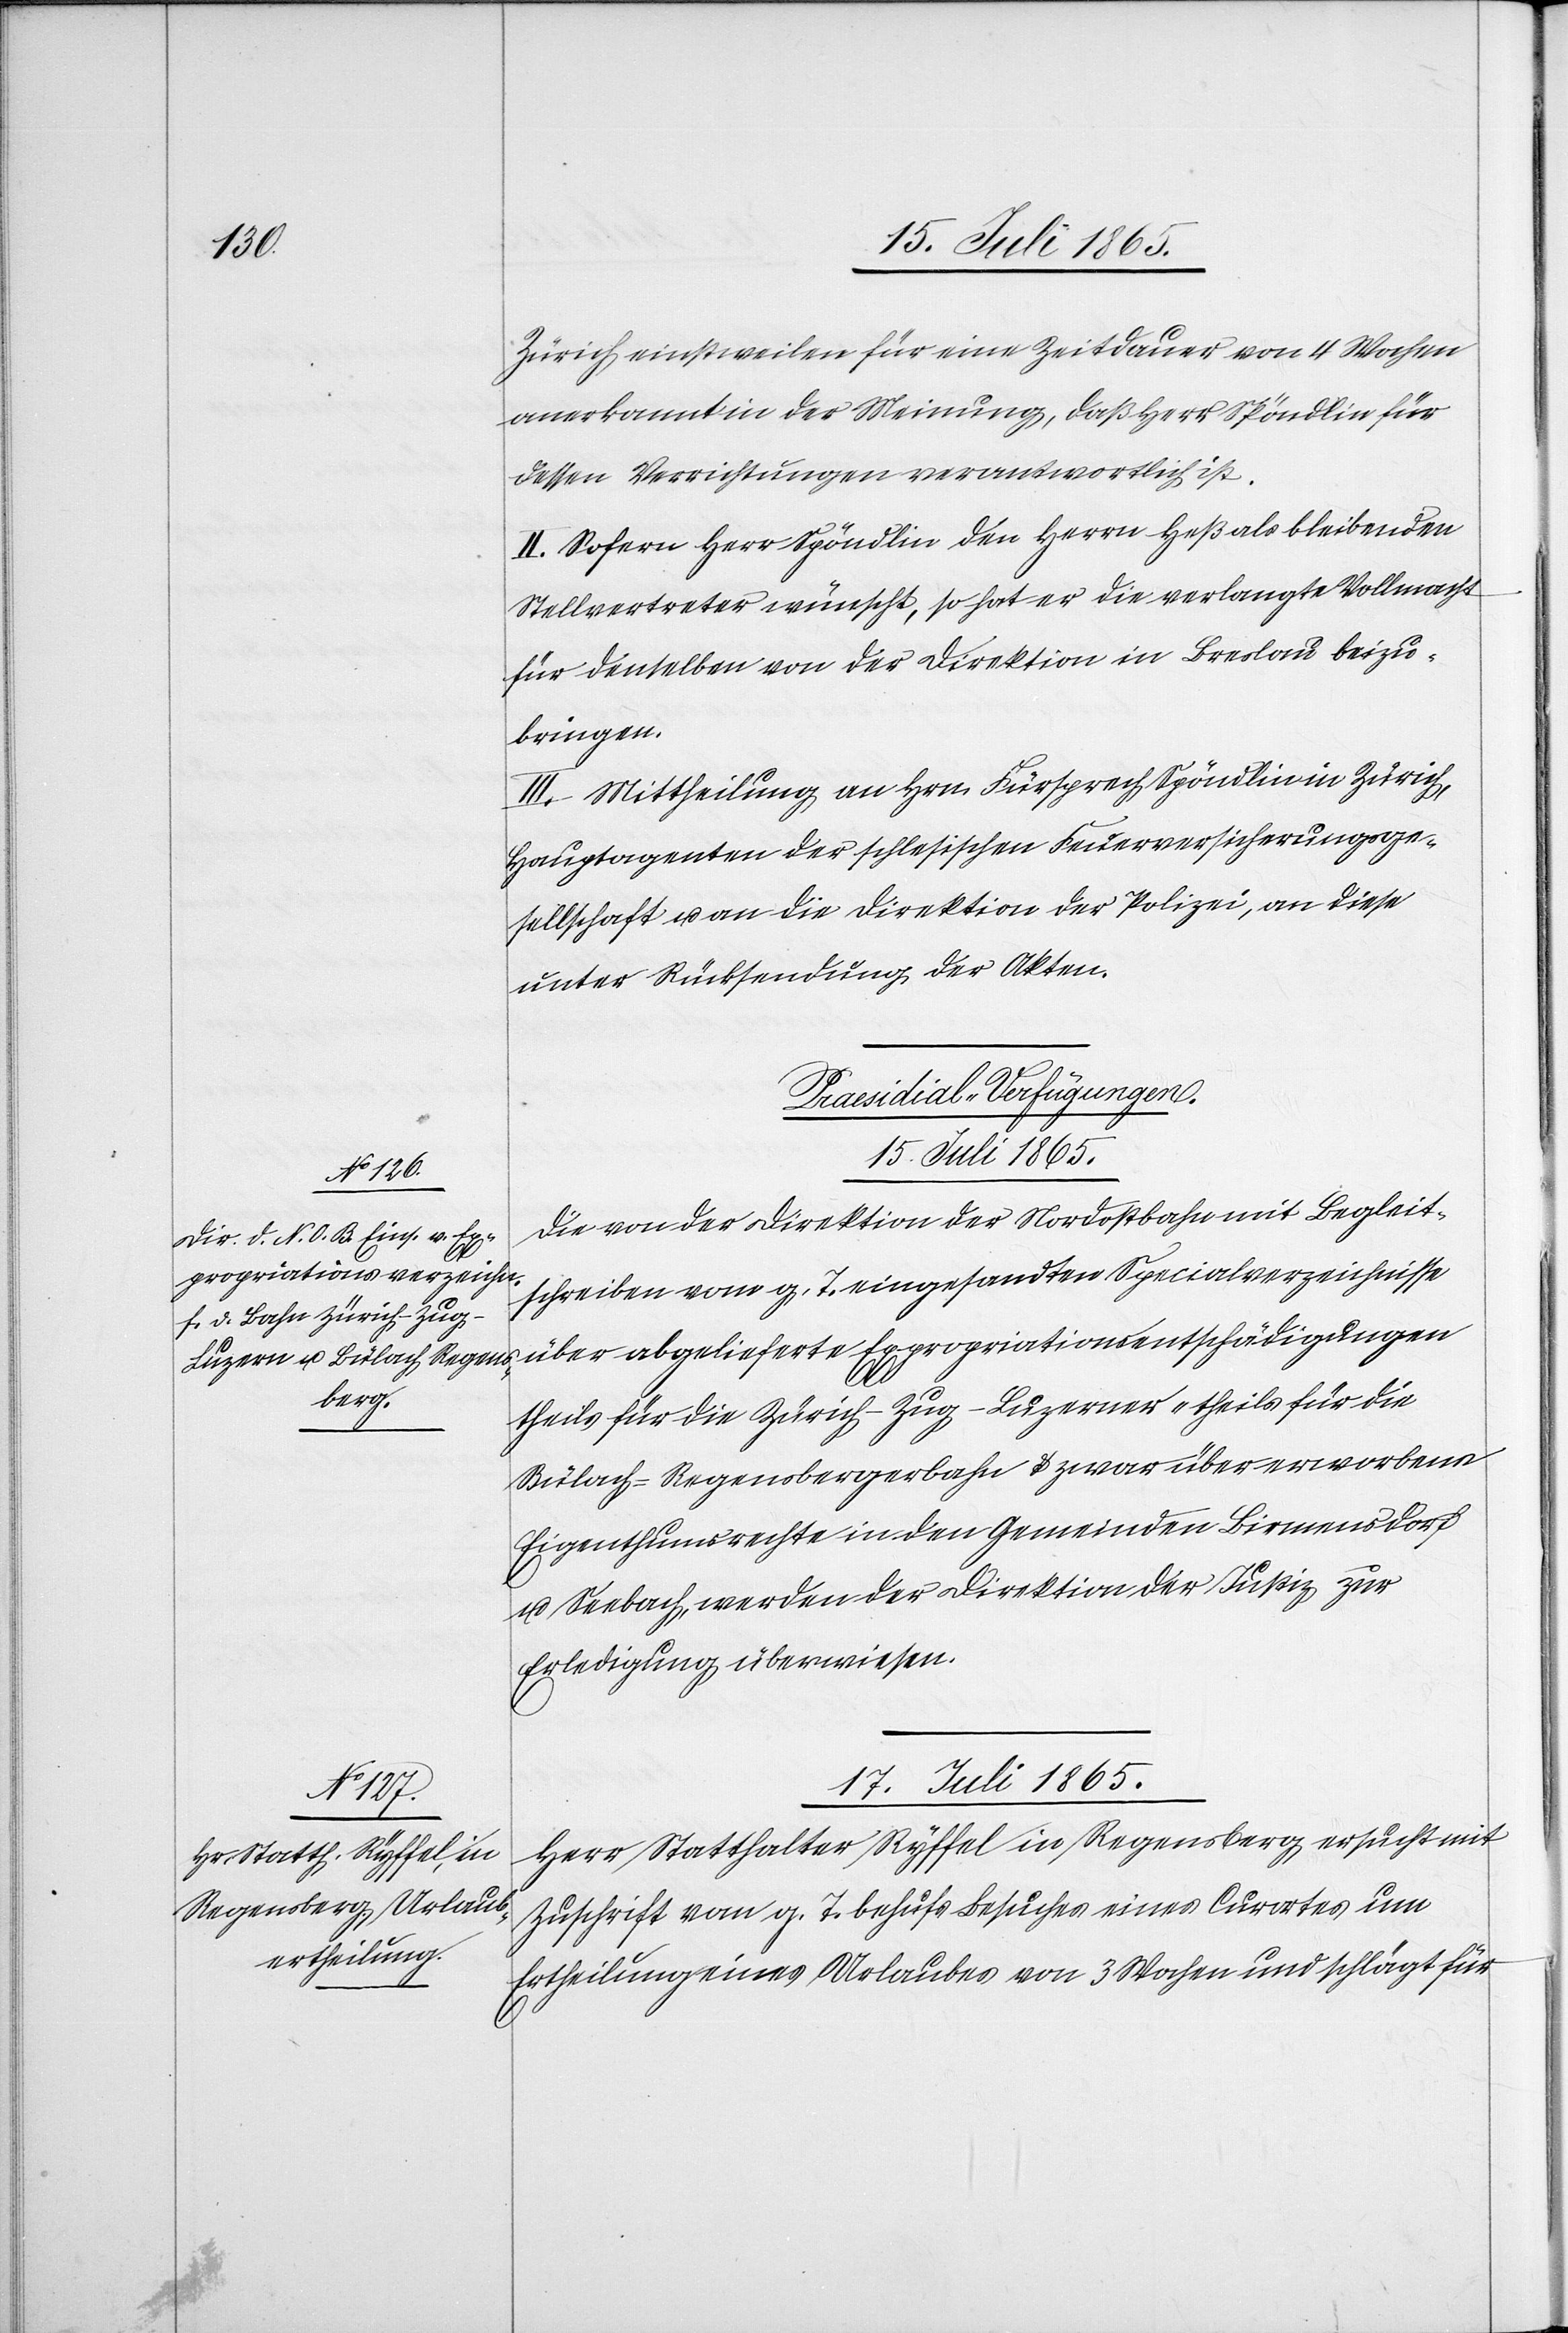
Zürich einstweilen für eine Zeitdauer von 4 Wochen
anerkannt in der Meinung, daß Herr Spöndlin für
dessen Verrichtungen verantwortlich ist.
II. Sofern Herr Spöndlin den Herrn Heß als bleibenden
Stellvertreter wünscht, so hat er die verlangte Vollmacht
für denselben von der Direktion in Breslau beizu¬
bringen.
III. Mittheilung an Hrn. Fürsprech Spöndlin in Zürich,
Hauptagenten der schlesischen Feuerversicherungsge¬
sellschaft u. an die Direktion der Polizei, an diese
unter Rücksendung der Akten.
[Praesidial-Verfügungen.]
15. Juli 1865.
Die von der Direktion der Nordostbahn mit Begleit¬
schreiben vom g. T. eingesandten Specialverzeichnisse
theils für die Zürich-Zug-Luzerner, theils für die
Bülach-Regensbergerbahn u. zwar über erworbene
Eigenthumsrechte in den Gemeinden Birmensdorf
u. Seebach, werden der Direktion der Justiz zur
Erledigung überwiesen.
17. Juli 1865.
Herr Statthalter Ryffel in Regensberg ersucht mit
Zuschrift vom g. T. behufs Besuches eines Curortes um
Ertheilung eines Urlaubes von 3 Wochen und schlägt für